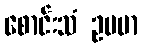
စောင်းသံ ဥပမာ